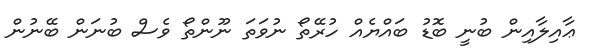
ޢާއިލާއިން ބުނީ ބޮޑު ބައްޔެއް ހުރޭތޯ ނުވަތަ ނޫންތޯ ވެސް ބުނަން ބޭނުން